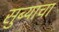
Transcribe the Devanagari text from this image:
सुब्याचा